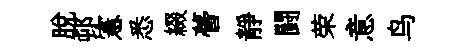
脫邨憲悉綴瞢靜闘荣意鸟